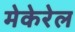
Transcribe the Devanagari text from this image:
मेकेरेल